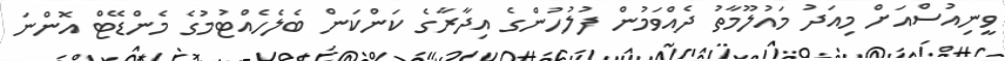
ވީނިއުސްއަށް މިއަދު މައުލޫމާތު ދެއްވަމުން ފުލުހުންގެ އިދާރާގެ ކަންކަން ބެލެހެއްޓުމުގެ މެންޑޭޓް އޮންނަ